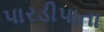
પારડીપાતા